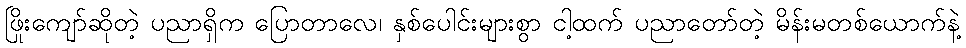
ဖြိုးကျော်ဆိုတဲ့ ပညာရှိက ပြောတာလေ၊ နှစ်ပေါင်းများစွာ ငါ့ထက် ပညာတော်တဲ့ မိန်းမတစ်ယောက်နဲ့